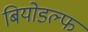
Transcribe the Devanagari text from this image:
बियोडल्फ